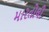
મારતોલી